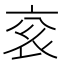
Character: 𬡄